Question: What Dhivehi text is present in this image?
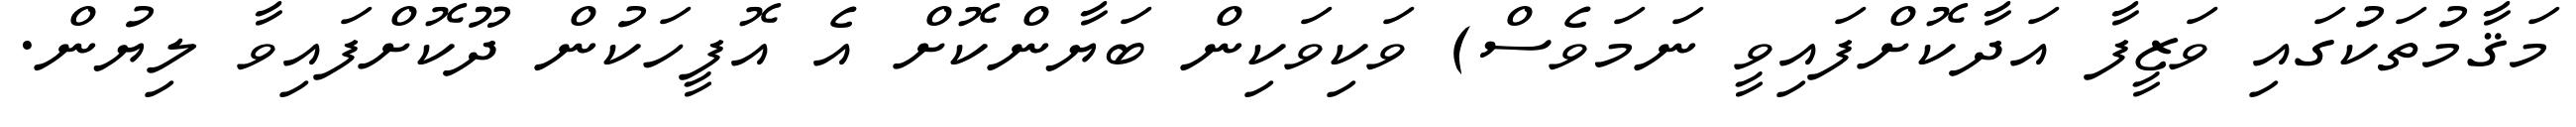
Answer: މަޤާމުތަކުގައި ވަޒީފާ އަދާކޮށްފައިވީ ނަމަވެސް) ވަކިވަކިން ބަޔާންކޮށް އެ އޮފީހަކުން ދޫކޮށްފައިވާ ލިޔުން.